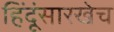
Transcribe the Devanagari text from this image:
हिंदूंसारखेच